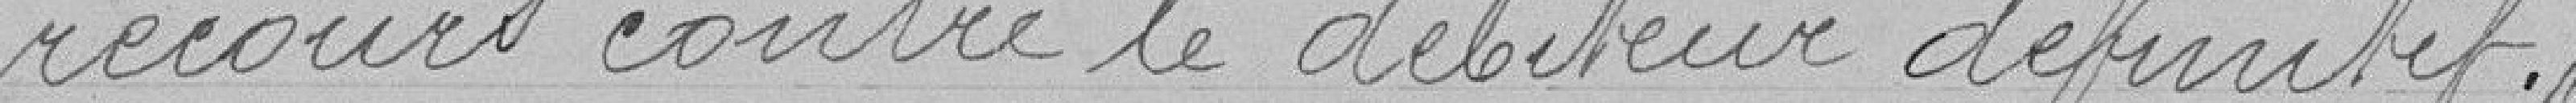
recours contre le débiteur définitif .